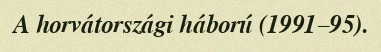
A horvátországi háború (1991–95).